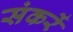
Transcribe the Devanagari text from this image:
संकरें